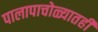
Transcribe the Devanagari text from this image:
पालापाचोळ्यातही